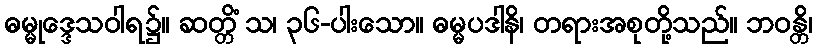
ဓမ္မုဒ္ဒေသဝါရ၌။ ဆတ္တိံ သ၊ ၃၆-ပါးသော။ ဓမ္မပဒါနိ၊ တရားအစုတို့သည်။ ဘဝန္တိ၊